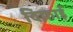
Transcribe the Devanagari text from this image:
दिफ़ाई